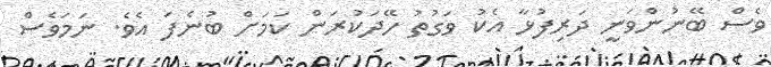
ވެސް ބޭނުންވަނީ ދަރިފުޅާ އެކު ވަގުތު ހޭދަކުރަން ކަމަށް ބުނެފަ އެވެ. ނަމަވެސް